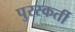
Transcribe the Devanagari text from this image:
पुरस्कर्ती